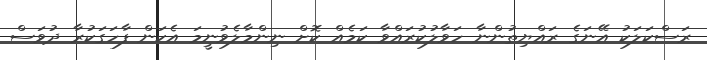
ރަސްކަލަކު އޭނަގެ ރައްޔިތުންނާ ހަވާލުކުރައްވާ ކަމެއް ކޮށް ނިންމާލެވުނީމަ އެކަން ފާހަގަކުރާ ދުވަސް